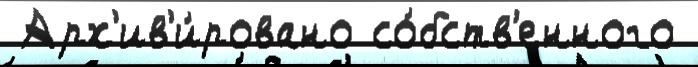
 Арх'ив'и́ровано со́бств'енного